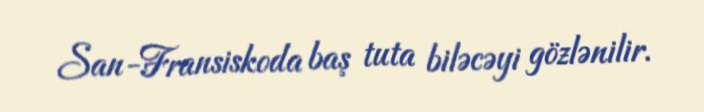
San-Fransiskoda baş tuta biləcəyi gözlənilir.